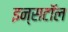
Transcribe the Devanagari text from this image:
इन्सटॉल